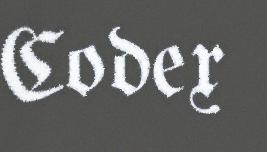
Codex